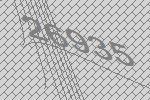
26935